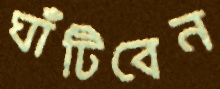
ঘাঁটিবেন